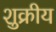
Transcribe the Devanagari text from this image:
शुक्रीय